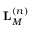
\mathbf { L } _ { M } ^ { \left( n \right) }